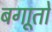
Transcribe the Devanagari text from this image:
बगाूतों